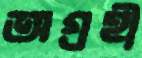
অগ্রহী